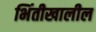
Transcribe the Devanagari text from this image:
भिंतीखालील